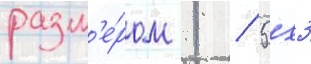
разм'е́ром 1 / 5х3